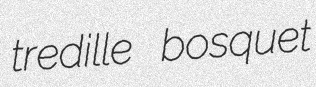
tredille bosquet